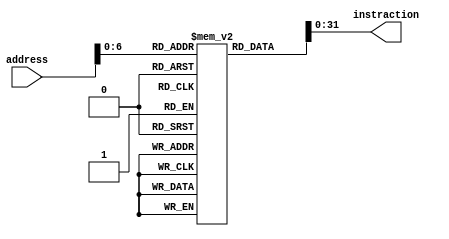
module InstractionMemory(
	input [10:0] address,
	output [31:0] instraction
);
	
	reg [63:0] storage[0:127];
	initial
	begin
		storage[0] = 32'b10001101010000000000000000000000; // lw X0, [X10,0x00]
		storage[1] = 32'b10001101010000010000000000000001; // lw X1, [X10,0x01]
		storage[2] = 32'b00000000000000010001000000100000; // add X2, X0, X1

//32'b100011  01010 01000 0000 0000 0110 0000 lw
//32'b000000 10001 10010 01000 00000 100000 add


	end
	
	assign instraction = storage[address];

endmodule